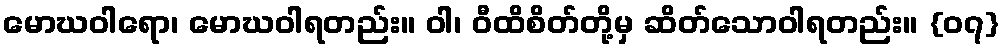
မောဃဝါရော၊ မောဃဝါရတည်း။ ဝါ၊ ဝီထိစိတ်တို့မှ ဆိတ်သောဝါရတည်း။ {၀၇}